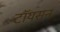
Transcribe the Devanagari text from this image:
टॉयसन